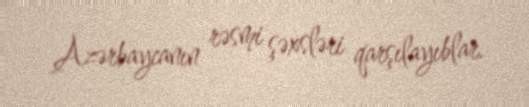
Azərbaycanın rəsmi şəxsləri qarşılayıblar.